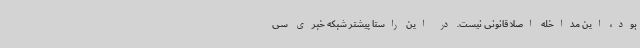
بود، این مداخله اصلا قانونی نیست. در این راستا پیشتر شبکه خبری سی